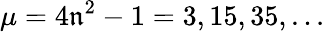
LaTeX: \mu=4\mathfrak{n}^{2}-1=3,15,35,...